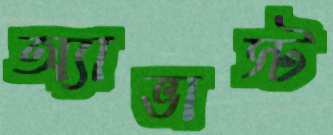
অ্যাভাস্ট